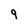
Character: g